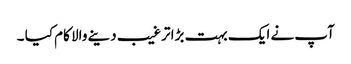
آپ نے ایک بہت بڑا ترغیب دینے والا کام کیا ۔